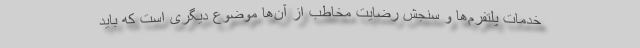
خدمات پلتفرم‌ها و سنجش رضایت مخاطب از آن‌ها موضوع دیگری است که باید